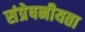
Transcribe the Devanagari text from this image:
संप्रेषनीयता